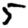
Digit: 5